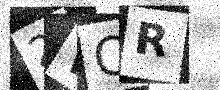
Text: 2WQR